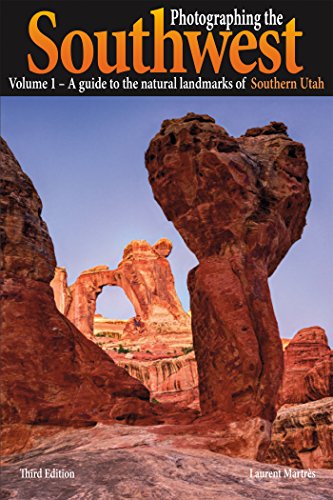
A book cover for Photographing the Southwest Vol.1: Southern Utah, 3rd Edition; Laurent MartrÃ¨s; Arts & Photography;